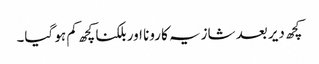
کچھ دیر بعد شازیہ کا رونا اور بلکنا کچھ کم ہو گیا۔